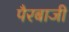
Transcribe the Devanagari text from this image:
पैरबाजी